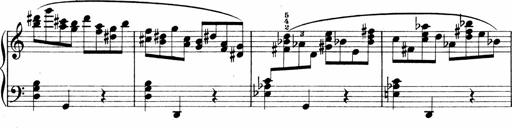
Title: Sonatina No.1
Composer: Otto Stoll
Key: C major